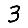
Digit: 3